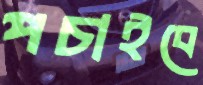
পচাইবে